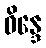
ဝိန္ဒေ